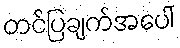
တင်ပြချက်အပေါ်